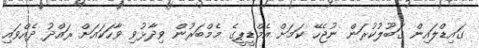
ގައިޑްލައިން ގަބޫލުކުރަން ނުޖެހޭ ކަމަށް އެމްޑީޕީގެ މެމްބަރުން ވިދާޅުވި ވާހަކައަށް ރައްދު ދެއްވައި